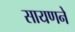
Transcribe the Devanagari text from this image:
सायणने